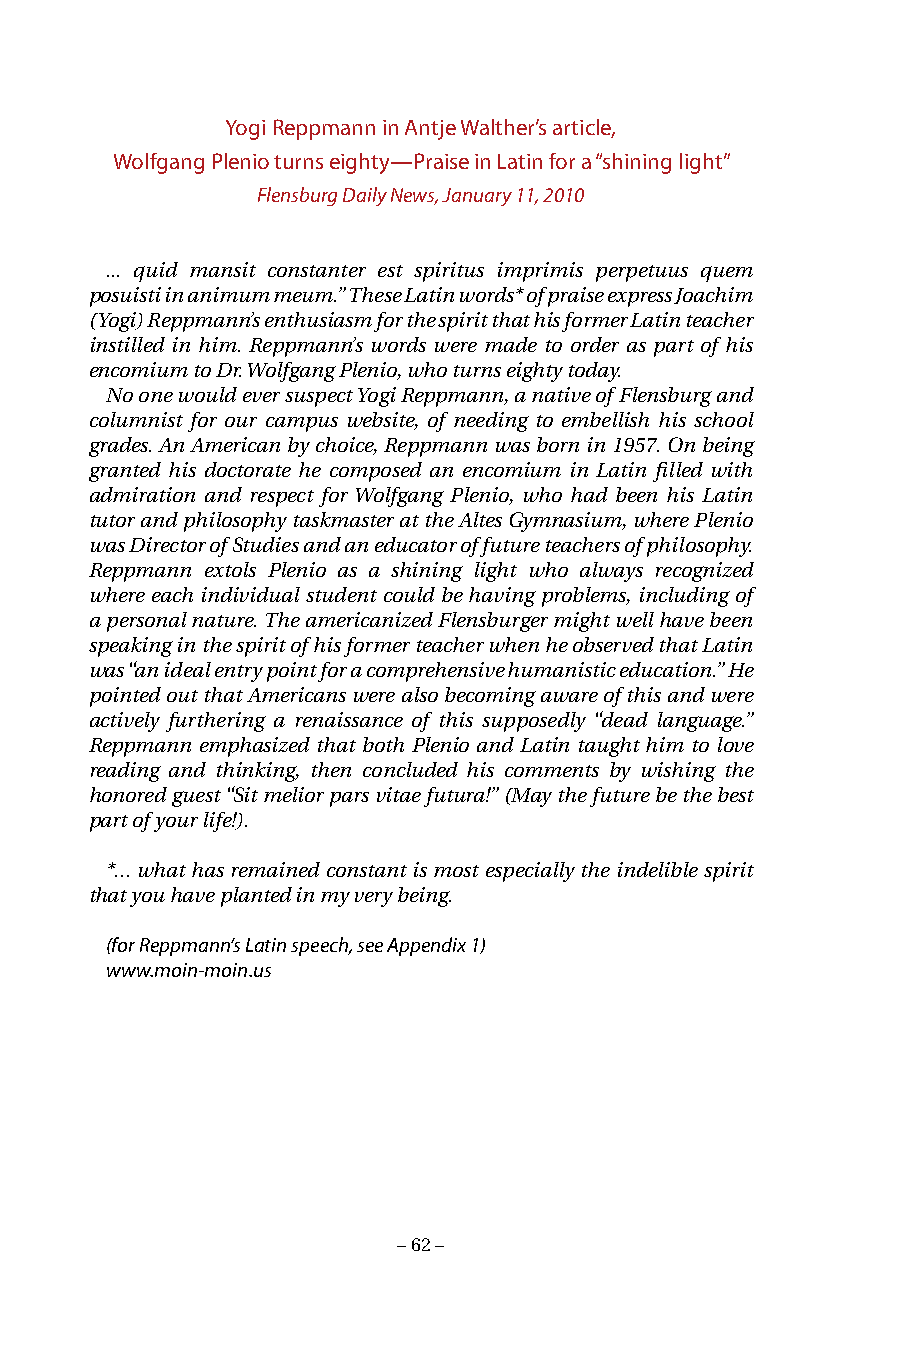
Yogi Reppmann in Antje Walther’s article,
 Wolfgang Plenio turns eighty—Praise in Latin for a “shining light”
 Flensburg Daily News, January 11, 2010
 ... quid mansit constanter est spiritus imprimis perpetuus quem
 posuisti in animum meum.” These Latin words* of praise express Joachim
 (Yogi) Reppmann’s enthusiasm for the spirit that his former Latin teacher
 instilled in him. Reppmann’s words were made to order as part of his
 encomium to Dr. Wolfgang Plenio, who turns eighty today.
 No one would ever suspect Yogi Reppmann, a native of Flensburg and
 columnist for our campus website, of needing to embellish his school
 grades. An American by choice, Reppmann was born in 1957. On being
 granted his doctorate he composed an encomium in Latin filled with
 admiration and respect for Wolfgang Plenio, who had been his Latin
 tutor and philosophy taskmaster at the Altes Gymnasium, where Plenio
 was Director of Studies and an educator of future teachers of philosophy.
 Reppmann extols Plenio as a shining light who always recognized
 where each individual student could be having problems, including of
 a personal nature. The americanized Flensburger might well have been
 speaking in the spirit of his former teacher when he observed that Latin
 was “an ideal entry point for a comprehensive humanistic education.” He
 pointed out that Americans were also becoming aware of this and were
 actively furthering a renaissance of this supposedly “dead language.”
 Reppmann emphasized that both Plenio and Latin taught him to love
 reading and thinking, then concluded his comments by wishing the
 honored guest “Sit melior pars vitae futura!” (May the future be the best
 part of your life!).
 *... what has remained constant is most especially the indelible spirit
 that you have planted in my very being.
 (for Reppmann’s Latin speech, see Appendix 1)
 www.moin-moin.us
 – 62 –